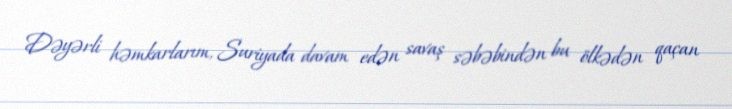
Dəyərli həmkarlarım, Suriyada davam edən savaş səbəbindən bu ölkədən qaçan